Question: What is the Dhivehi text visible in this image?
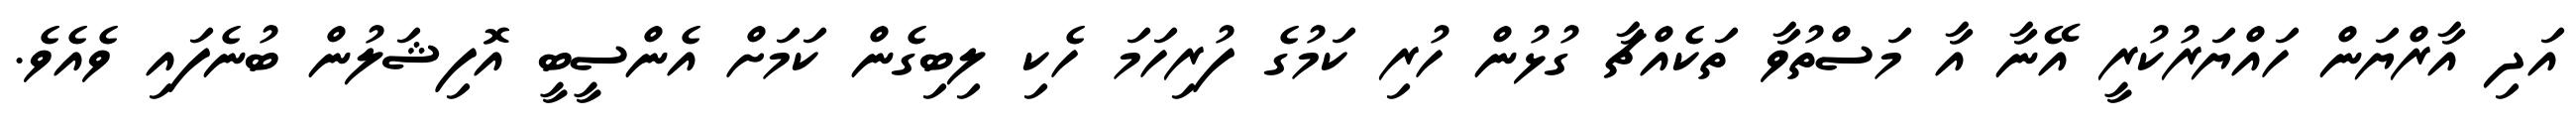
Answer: އަދި އާރްޔަން ހައްޔަރުކުރީ އޭނާ އާ މަސްތުވާ ތަކެއްޗާ ގުޅުން ހުރި ކަމުގެ ފުރިހަމަ ހެކި ލިބިގެން ކަމަށް އެންސީބީ އޮފިޝަލުން ބުނެފައި ވެއެވެ.